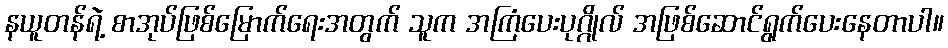
နယူတန်ရဲ့ စာအုပ်ဖြစ်မြောက်ရေးအတွက် သူက အကြံပေးပုဂ္ဂိုလ် အဖြစ်ဆောင်ရွက်ပေးနေတာပါ။